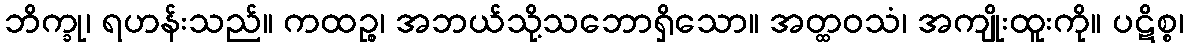
ဘိက္ခု၊ ရဟန်းသည်။ ကထဉ္စ၊ အဘယ်သို့သဘောရှိသော။ အတ္ထဝသံ၊ အကျိုးထူးကို။ ပဋိစ္စ၊